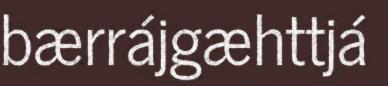
bærrájgæhttjá